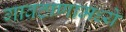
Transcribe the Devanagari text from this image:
गावठाणामध्ये